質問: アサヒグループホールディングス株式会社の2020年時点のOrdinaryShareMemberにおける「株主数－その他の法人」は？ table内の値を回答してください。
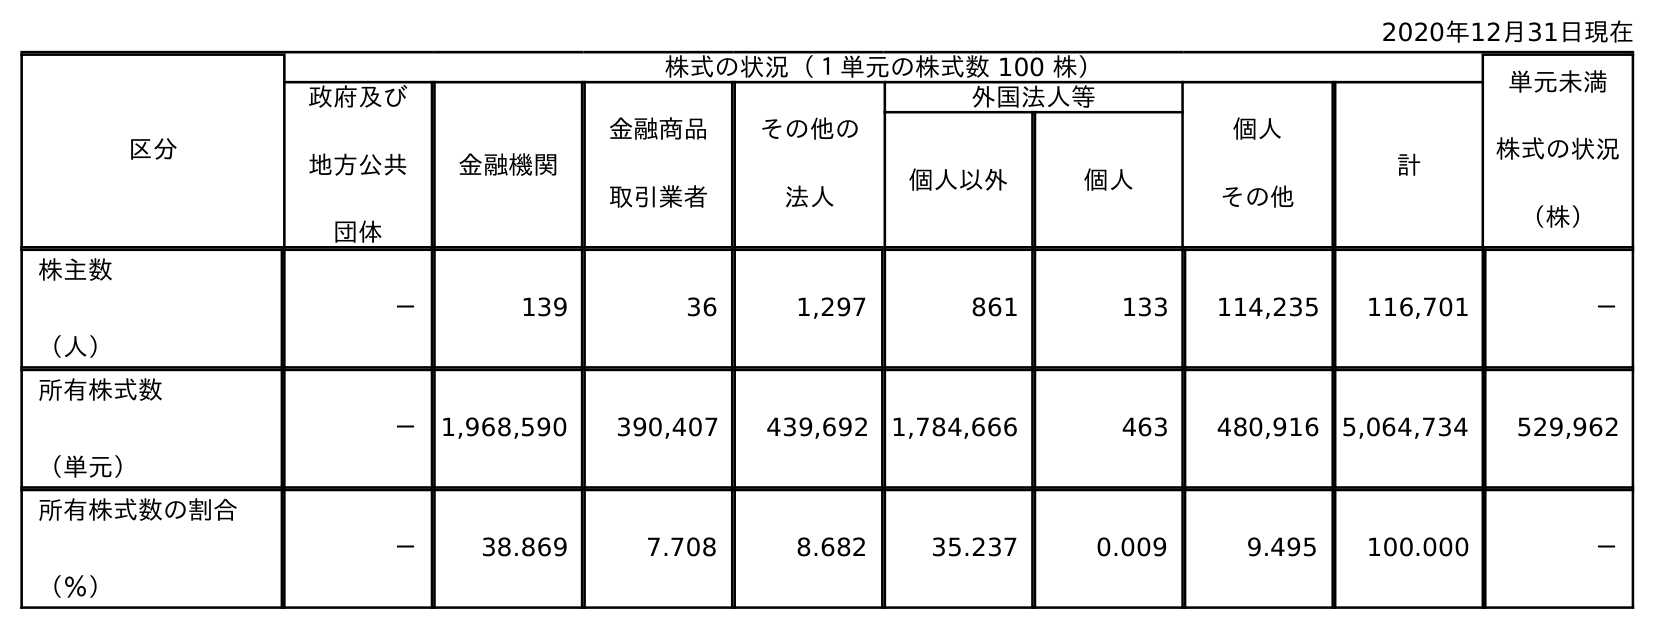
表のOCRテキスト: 2020年12月31日現在 区分 株式の状況（１単元の株式数 100 株） 単元未満 株式の状況 （株） 政府及び 地方公共 団体 金融機関 金融商品 取引業者 その他の 法人 外国法人等 個人 その他 計 個人以外 個人 株主数 （人） － 139 36 1,297 861 133 114,235 116,701 － 所有株式数 （単元） － 1,968,590 390,407 439,692 1,784,666 463 480,916 5,064,734 529,962 所有株式数の割合 （％） － 38.869 7.708 8.682 35.237 0.009 9.495 100.000 －
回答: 1,297